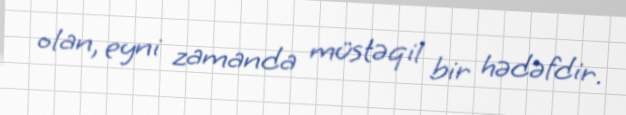
olan, eyni zamanda müstəqil bir hədəfdir.